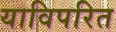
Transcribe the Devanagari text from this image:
याविपरित